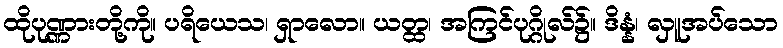
ထိုပုဏ္ဏားတို့ကို။ ပရိယေသ၊ ရှာလော။ ယတ္ထ၊ အကြင်ပုဂ္ဂိုလ်၌။ ဒိန္နံ၊ လှူအပ်သော